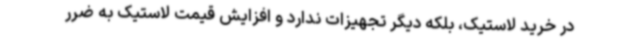
در خرید لاستیک، بلکه دیگر تجهیزات ندارد و افزایش قیمت لاستیک به ضرر